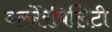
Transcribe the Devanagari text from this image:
वल्नेरेबिलिटी